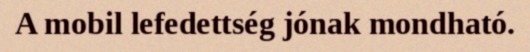
A mobil lefedettség jónak mondható.